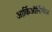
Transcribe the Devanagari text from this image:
आर्किऑर्निथीज़